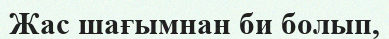
Жас шағымнан би болып,